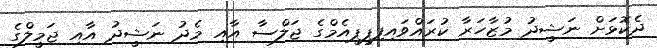
ދެކޮޅަށް ނަޝީދު މުޒާހަރާ ކުރައްވައިފިޕީޕީއެމްގެ ޖަލްސާ އާއި މެދު ނަޝީދު އާއި ޖަމީލްގެ